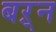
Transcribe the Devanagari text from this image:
बऱ्न